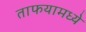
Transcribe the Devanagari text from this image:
ताफयामध्ये